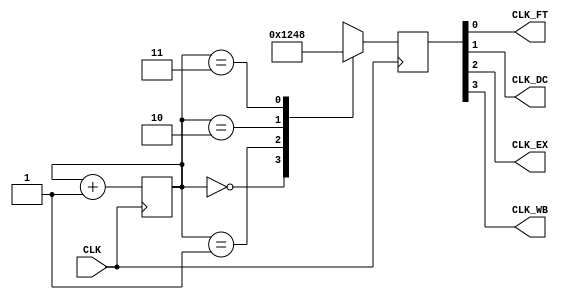
module clk_gen(
    input CLK,
    output CLK_FT,
    output CLK_DC,
    output CLK_EX,
    output CLK_WB
);
    reg[3:0] clk = 4'b0;
    reg[1:0] count = 2'b0;
    
    always @(posedge CLK) begin
        case (count)
            2'b00: clk = 4'b0001;
            2'b01: clk = 4'b0010;
            2'b10: clk = 4'b0100;
            2'b11: clk = 4'b1000;
            default: ; // nothing to do
        endcase
    
        count <= count + 1;
    end

    assign CLK_FT = clk[0];
    assign CLK_DC = clk[1];
    assign CLK_EX = clk[2];
    assign CLK_WB = clk[3];
endmodule